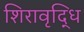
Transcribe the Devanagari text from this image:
शिरावृद्धि